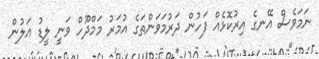
ނަމަވެސް އޭނގެ އިރުކޮޅެއް ފަހުން ދަރުމަވަންތަގެ އުމަރު މަމްދޫހް ވަނީ ލީޑު އަލުން